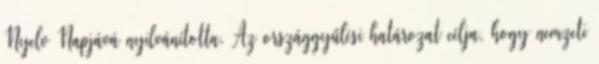
Nyelv Napjává nyilvánította. Az országgyűlési határozat célja, hogy nemzeti